Rangoon Lunatic Asylum 1878-1892 - 1878-1892
Year: 1878
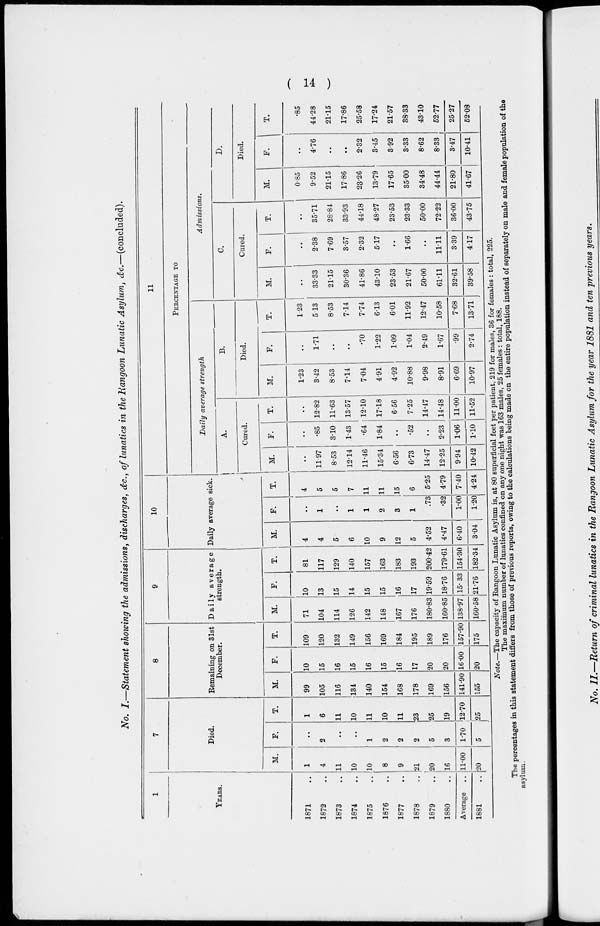
( 14 )
No. I.—Statement showing the admissions, discharges, &c., of lunatics in the Rangoon Lunatic Asylum, &c.—(concluded).
1
Years.
1871 ..
1872 ..
1873 ..
1874 ..
1875 ..
1876 ..
1877 ..
1878 ..
1879 ..
1880 ..
Average ..
1881 ..
7
Died.
M.
1
4
11
10
10
8
9
21
20
16
11.00
20
F.
..
2
..
..
1
2
2
2
5
3
1.70
5
T.
1
6
11
10
11
10
11
23
25
19
12.70
25
8
Remaining on 31st
December.
M.
99
105
116
134
140
154
168
178
169
156
141.90
155
F.
10
15
16
15
16
15
16
17
20
20
16.00
20
T.
109
120
132
149
156
169
184
195
189
176
157.90
175
9
Daily average
strength.
M.
71
104
114
126
142
148
167
176
180.83
160.85
138.97
160.58
F.
10
13
15
14
15
15
16
17
19.59
18.76
15.33
21.76
T.
81
117
129
140
157
163
183
193
200.42
179.61
154.30
182.34
10
Daily average sick.
M.
4
4
5
6
10
9
12
5
4.52
4.47
6.40
3.04
F.
..
1
..
1
1
2
3
1
.73
.32
1.00
1.20
T.
4
5
5
7
11
11
15
6
5.25
4.79
7.40
4.24
11
Percentage to
Daily average strength
A.
Cured.
M.
..
11.97
8.53
12.14
11.46
15.34
6.56
6.73
14.47
12.25
9.94
10.42
F.
..
.85
3.10
1.43
.64
1.84
..
.52
..
2.23
1.06
1.10
T.
..
12.82
11.63
13.57
12.10
17.18
6.56
7.25
14.47
14.48
11.00
11.52
B.
Died.
M.
1.23
3.42
8.53
7.14
7.04
4.91
4.92
10.88
9.98
8.91
6.69
10.97
F.
..
1.71
..
..
.70
1.22
1.09
1.04
2.49
1.67
.99
2.74
T.
1.23
5.13
8.53
7.14
7.74
6.13
6.01
11.92
12.47
10.58
7.68
13.71
Admissions.
C.
Cured.
M.
..
33.33
21.15
30.36
41.86
43.10
23.53
21.67
50.00
61.11
32.61
39.58
F.
..
2.38
7.69
3.57
2.32
5.17
..
1.66
..
11.11
3.39
4.17
T.
..
35.71
28.84
33.93
44.18
48.27
23.53
23.33
50.00
72.22
36.00
43.75
D.
Died.
M.
0.85
9.52
21.15
17.86
23.26
13.79
17.65
35.00
34.48
44.44
21.80
41.67
F.
..
4.76
..
..
2.32
3.45
3.92
3.33
8.62
8.33
3.47
10.41
T.
.85
44.28
21.15
17.86
25.58
17.24
21.57
38.33
43.10
52.77
25.27
52.08
Note.—The capacity of Rangoon Lunatic Asylum is, at 80 superficial feet per patient, 219 for males, 36 for females : total, 225.
The maximum number of lunatics confined on any one night was 163 males, 25 females : total, 188.
The percentages in this statement differs from those of previous reports, owing to the calculations being made on the entire population instead of separately on male and female population of the
asylum.